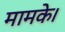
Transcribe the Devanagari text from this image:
मामके।